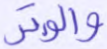
والوتر